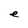
Character: e